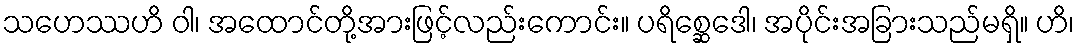
သဟေဿဟိ ဝါ၊ အထောင်တို့အားဖြင့်လည်းကောင်း။ ပရိစ္ဆေဒေါ၊ အပိုင်းအခြားသည်မရှိ။ ဟိ၊